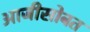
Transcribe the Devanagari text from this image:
आजीसोबत